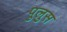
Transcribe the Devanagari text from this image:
पुलुस